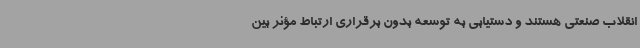
انقلاب صنعتی هستند و دستیابی به توسعه بدون برقراری ارتباط مؤثر بین